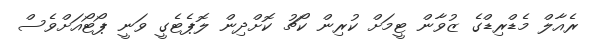
ރެއާލް މެޑްރިޑްގެ ޒުވާން ޓީމަށް ކުރިން ކޯޗު ކޮށްދިން ލޮޕެޓެގީ ވަނީ ޕޯޓޯއަށްވެސް